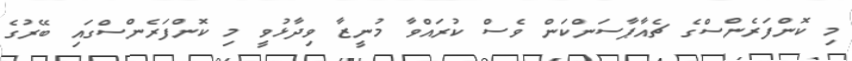
މި ކޮންފަރެންސްގެ ޗެއާޕާސަންކަން ވެސް ކުރައްވާ މުނީޒާ ވިދާޅުވީ މި ކޮންފަރެންސްގައި ބޭރުގެ